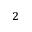
^ 2